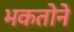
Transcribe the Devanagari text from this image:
भकतोने